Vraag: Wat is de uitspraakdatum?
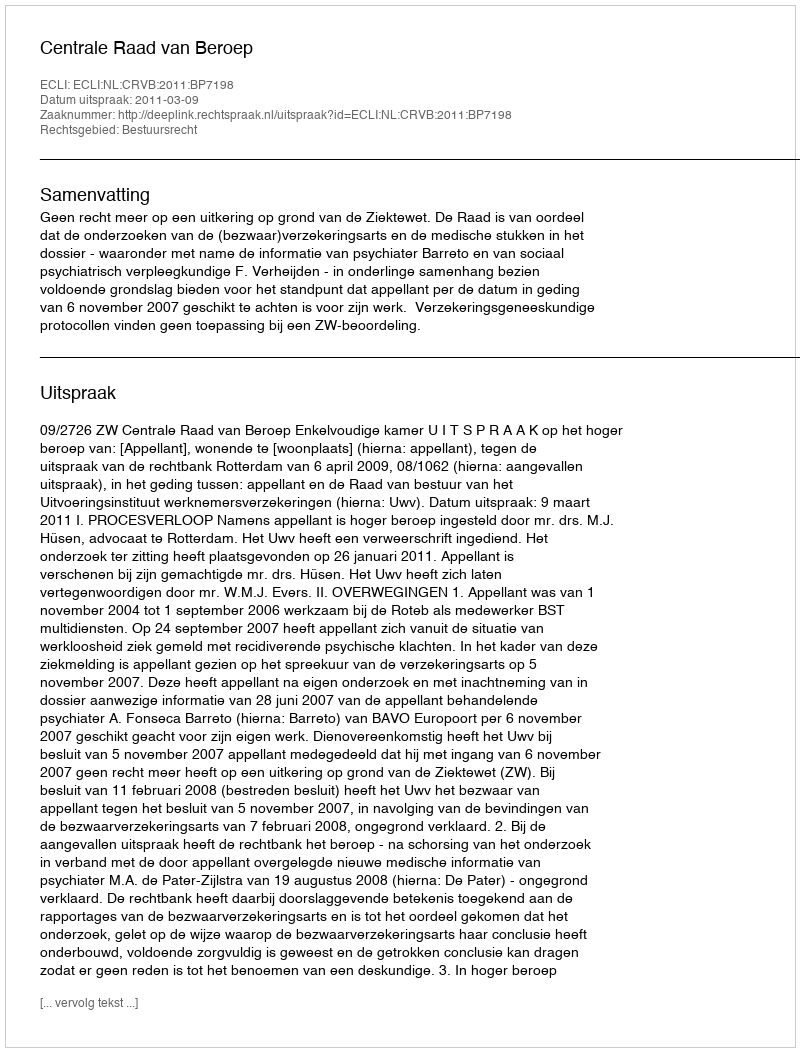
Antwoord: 2011-03-09